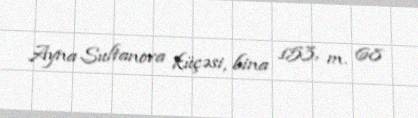
Ayna Sultanova küçəsi, bina 153, m. 68